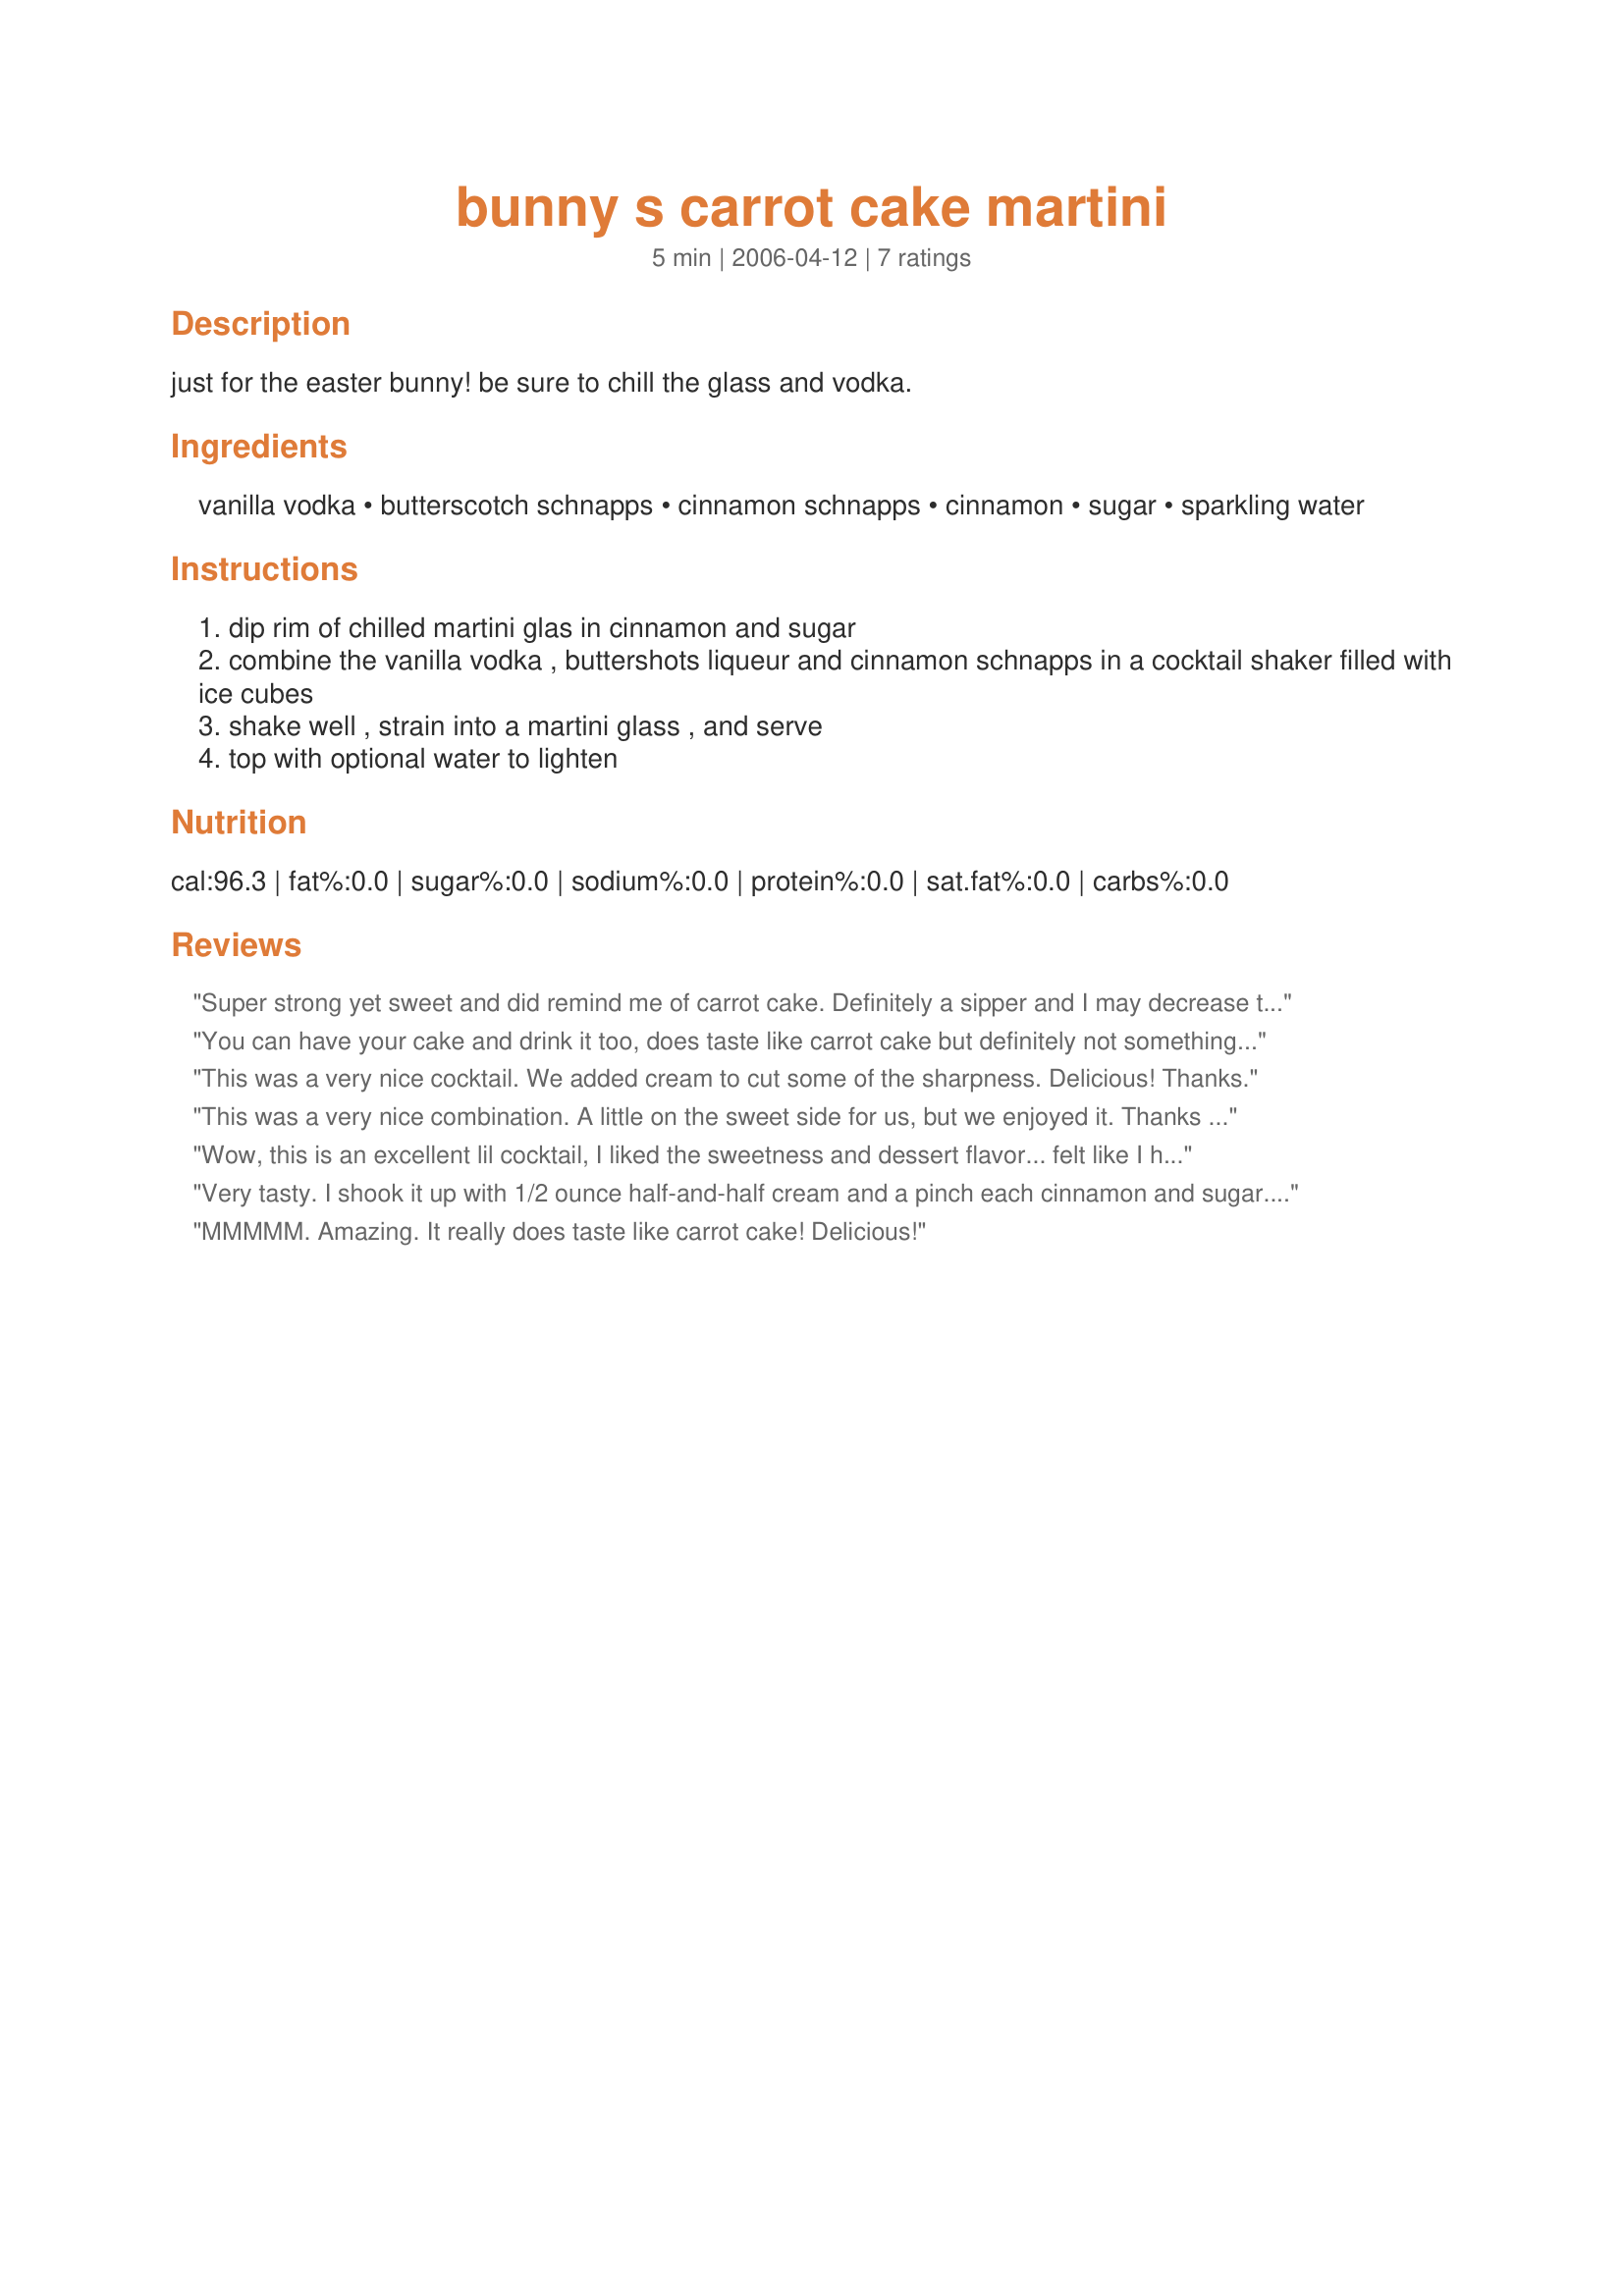
bunny s carrot cake martini
Preparation time: 5 minutes

just for the easter bunny!
be sure to chill the glass and vodka.

Ingredients:
vanilla vodka, butterscotch schnapps, cinnamon schnapps, cinnamon, sugar, sparkling water

Steps:
dip rim of chilled martini glas in cinnamon and sugar
combine the vanilla vodka , buttershots liqueur and cinnamon schnapps in a cocktail shaker filled with ice cubes
shake well , strain into a martini glass , and serve
top with optional water to lighten

Reviews:
Super strong yet sweet and did remind me of carrot cake. Definitely a sipper and I may decrease the vodka by 1/2 oz next time. Thanks for sharing!
You can have your cake and drink it too, does taste like carrot cake but definitely not something to drink and then drive with. We added cream as well to cut down on the sharpness. THANX
This was a very nice cocktail. We added cream to cut some of the sharpness. Delicious! Thanks.
This was a very nice combination. A little on the sweet side for us, but we enjoyed it. Thanks Rita for sharing.
Wow, this is an excellent lil cocktail, I liked the sweetness and dessert flavor... felt like I had a piece of carrot cake, great combo! *YUM* Thanks for sharing another great drink Rita, Cheers ~V
Very tasty. I shook it up with 1/2 ounce half-and-half cream and a pinch each cinnamon and sugar. Really enjoyable. Loved the cinnamon flavor. Thanks for sharing.
MMMMM. Amazing. It really does taste like carrot cake! Delicious!
